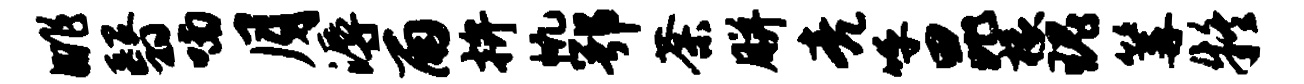
眺翳喃月溽雨拚帆鄂荼胼亮呼昆椽瑰篝疑